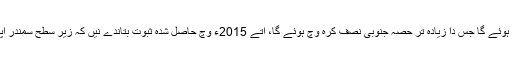
اگرچہ پہلے ایہ منیا جاندا سی کہ ایہ مقامی ہوئے گا جس دا زیادہ تر حصّہ جنوبی نصف کرہ وچ ہوئے گا، اُتے 2015ء وچ حاصل شدہ ثبوت بتاندے نيں کہ زیر سطح سمندر اپنی ہیئت وچ پورے چاند اُتے پھیلا ہويا ا‏‏ے۔